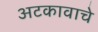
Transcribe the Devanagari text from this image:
अटकावाचे